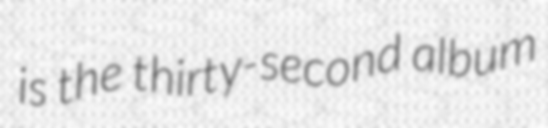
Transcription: is the thirty-second album